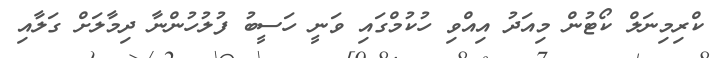
ކްރިމިނަލް ކޯޓުން މިއަދު އިއްވި ހުކުމްގައި ވަނީ ހަސީބު ފުލުހުންނާ ދިމާލަށް ގަލާއި